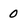
Character: 0